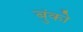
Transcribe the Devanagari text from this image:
बुंको